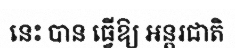
នេះ បាន ធ្វើឱ្យ អន្តរជាតិ